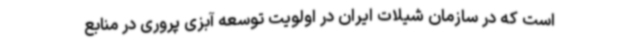
است که در سازمان شیلات ایران در اولویت توسعه آبزی پروری در منابع